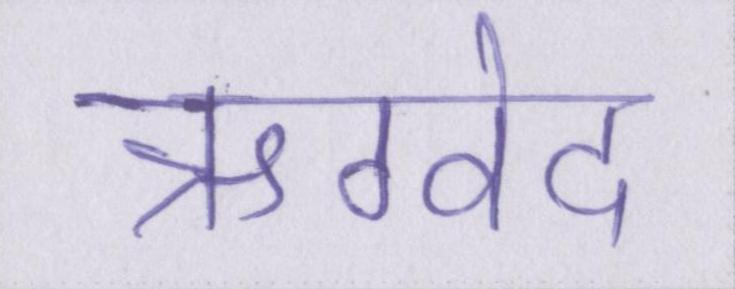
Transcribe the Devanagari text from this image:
ऋग्वेद